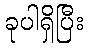
ခုပါရှိပြီး